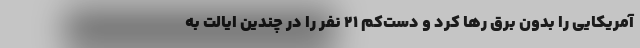
آمریکایی را بدون برق رها کرد و دست‌کم 21 نفر را در چندین ایالت به